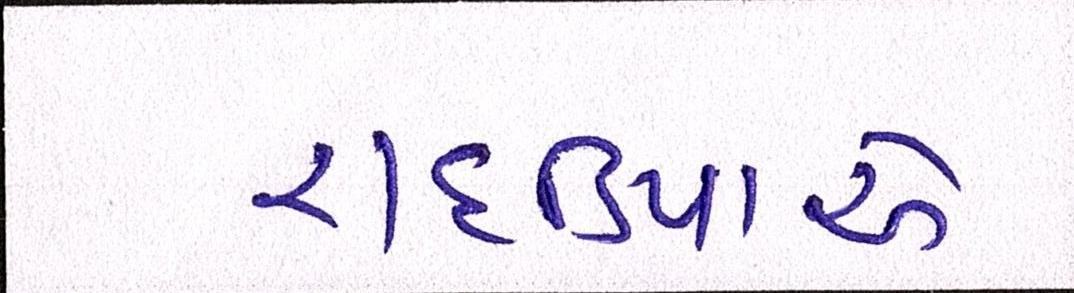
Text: રાદડિયાએ